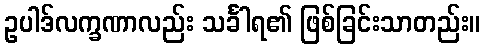
ဥပါဒ်လက္ခဏာလည်း သင်္ခါရ၏ ဖြစ်ခြင်းသာတည်း။